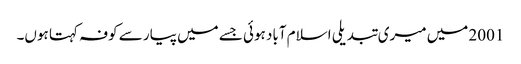
2001 میں میری تبدیلی اسلام آباد ہوئی جسے میں پیار سے کوفہ کہتا ہوں۔